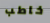
خاطب